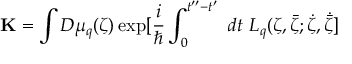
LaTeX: { \bf K } = \int { \cal D } \mu _ { q } ( \zeta ) \exp [ \frac { i } { \hbar } \int _ { 0 } ^ { t ^ { \prime \prime } - t ^ { \prime } } \ d t \ L _ { q } ( \zeta , \bar { \zeta } ; \dot { \zeta } , \dot { \bar { \zeta } } ]